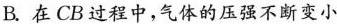
B.在CB过程中，气体的压强不断变小